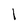
Character: l